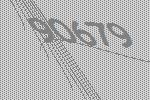
90679